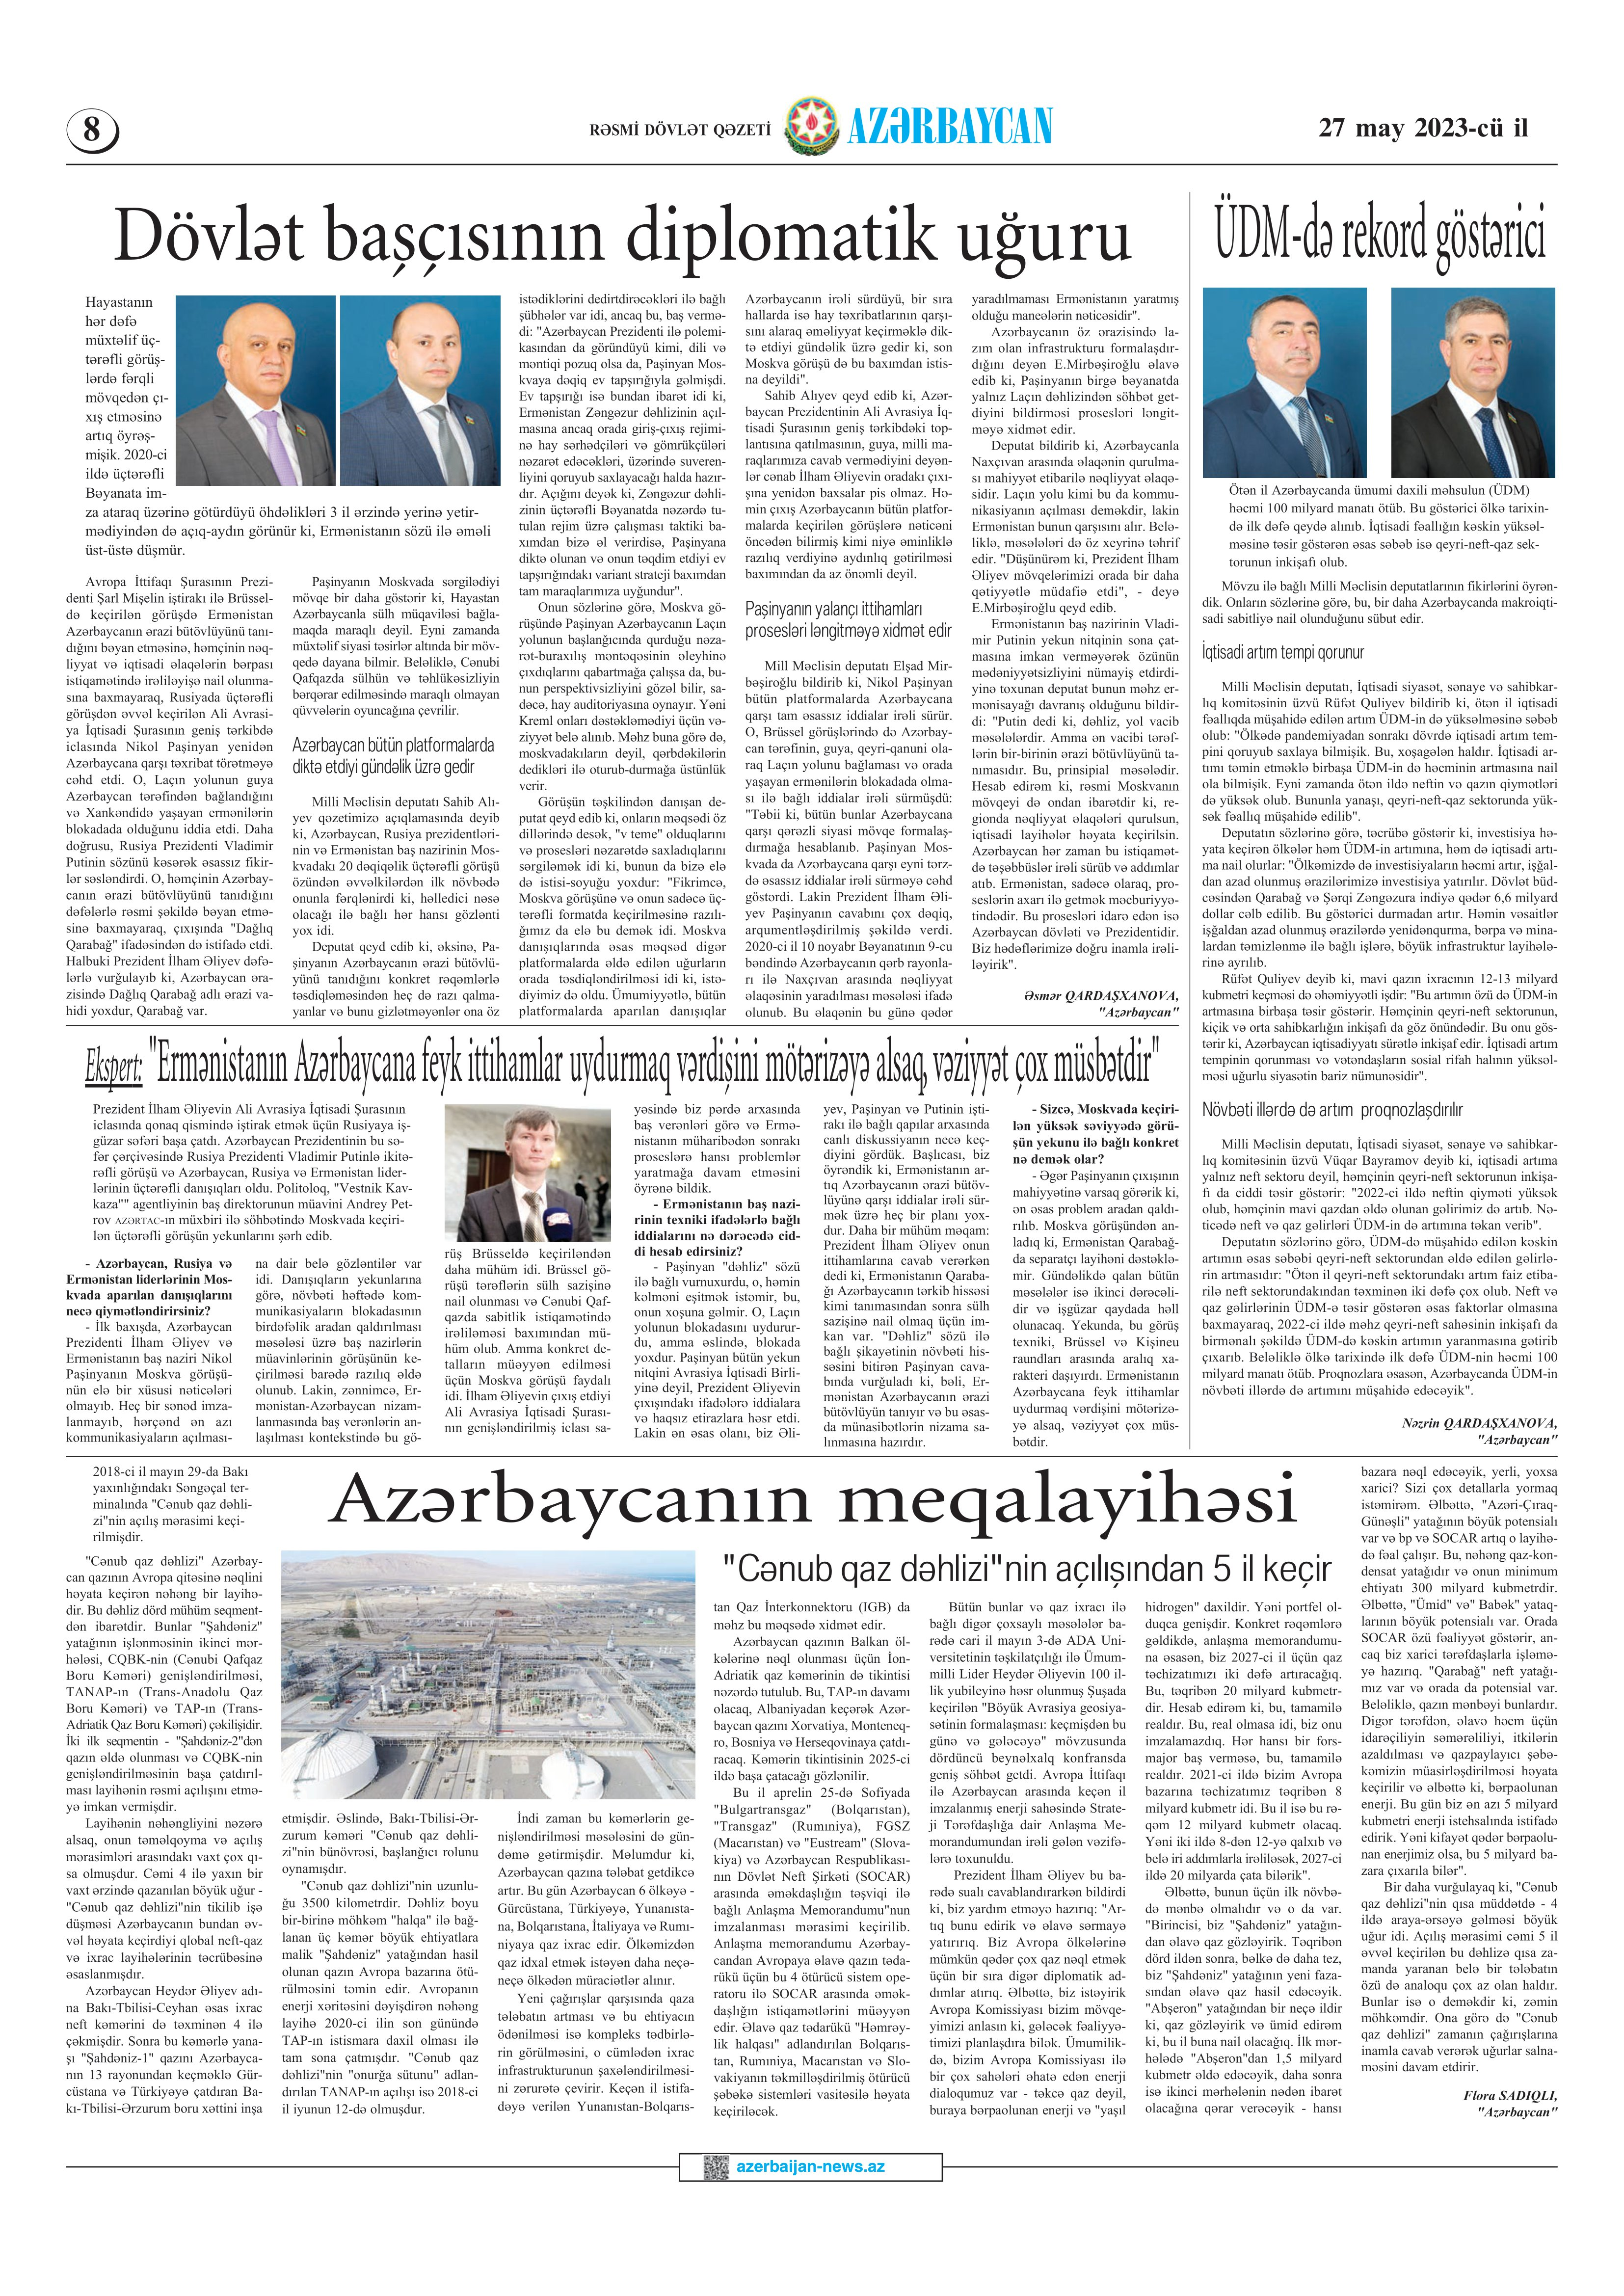
Language: az